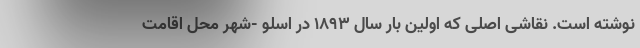
نوشته است. نقاشی اصلی که اولین بار سال ۱۸۹۳ در اسلو -شهر محل اقامت